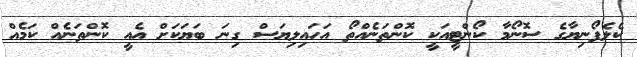
ކެލެފޯނިޔާގެ ސޮނޯމާ ކޯންޓީއަކީ ކޮންތަަނެއްތޯ އަހައިލިޔަސް ގިނަ ބަޔަކަށް އެއީ ކޮންތަނެއް ކަމެއް